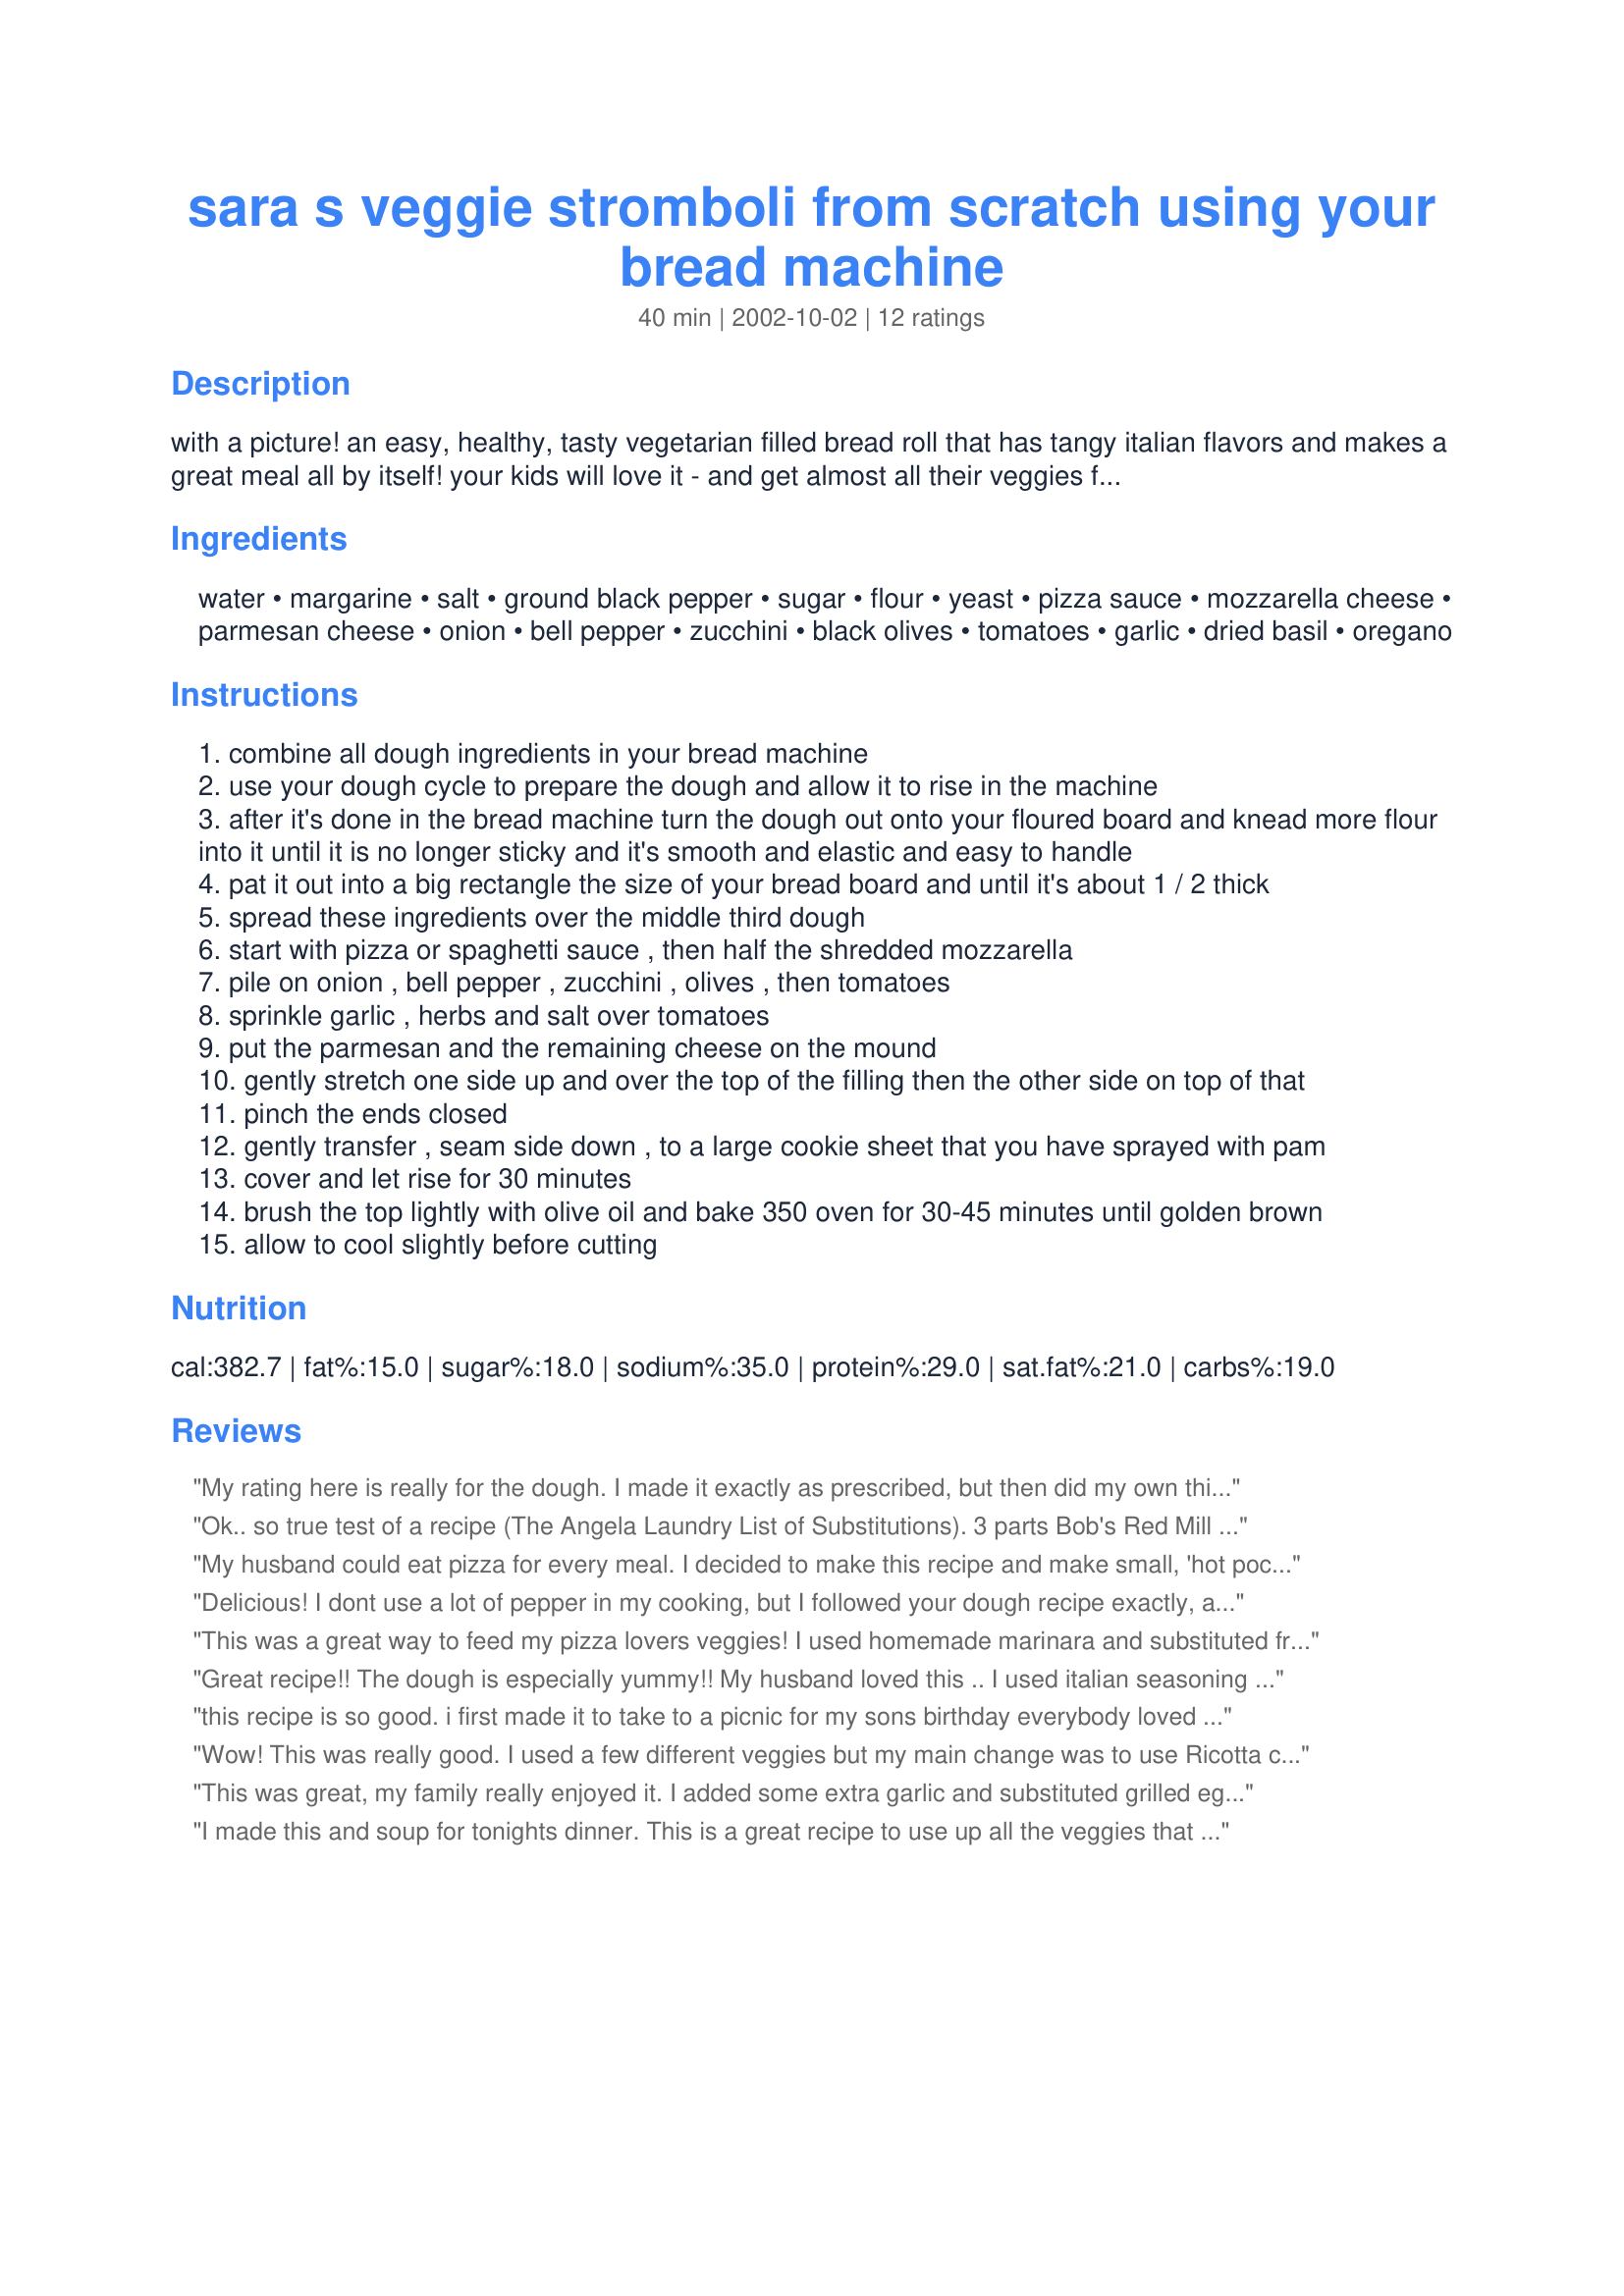
sara s veggie stromboli from scratch using your bread machine
Preparation time: 40 minutes

with a picture! an easy, healthy, tasty vegetarian filled bread roll that has tangy italian flavors and makes a great meal all by itself! your kids will love it - and get almost all their veggies for the day!

Ingredients:
water, margarine, salt, ground black pepper, sugar, flour, yeast, pizza sauce, mozzarella cheese, parmesan cheese, onion, bell pepper, zucchini, black olives, tomatoes, garlic, dried basil, oregano

Steps:
combine all dough ingredients in your bread machine
use your dough cycle to prepare the dough and allow it to rise in the machine
after it's done in the bread machine turn the dough out onto your floured board and knead more flour into it until it is no longer sticky and it's smooth and elastic and easy to handle
pat it out into a big rectangle the size of your bread board and until it's about 1 / 2 thick
spread these ingredients over the middle third dough
start with pizza or spaghetti sauce , then half the shredded mozzarella
pile on onion , bell pepper , zucchini , olives , then tomatoes
sprinkle garlic , herbs and salt over tomatoes
put the parmesan and the remaining cheese on the mound
gently stretch one side up and over the top of the filling then the other side on top of that
pinch the ends closed
gently transfer , seam side down , to a large cookie sheet that you have sprayed with pam
cover and let rise for 30 minutes
brush the top lightly with olive oil and bake 350 oven for 30-45 minutes until golden brown
allow to cool slightly before cutting

Reviews:
My rating here is really for the dough. I made it exactly as prescribed, but then did my own thing for the filling. The dough was great! I've had problems with doughs not cooking properly when stuffed, but this one was perfect; completely cooked through, soft and yummy. Thanks!
Ok.. so true test of a recipe (The Angela Laundry List of Substitutions). 3 parts Bob's Red Mill Low-Carb Bake Mix (w/ 2 Tbls Wheat Gluten & 1 tsp Lemon Juice) to 1 part Unprocessed Wheat Bran, Applesauce instead of Oil and I added chicken. WOW!!!! This is fantastic - one of my favorites. Thanks for sharing!!!
My husband could eat pizza for every meal. I decided to make this recipe and make small, 'hot pocket' sized loaves. I froze the left over ones and he takes them to work and microwaves them just like a hot pocket. He LOVES them. It's such a versatile recipe. Last night I made olive garden alfredo sauce and used that with chicken, fresh basil and garden tomatoes for a filling. We didn't have any leftovers of those! Great starter point for my imagination, thanks!
Delicious! I dont use a lot of pepper in my cooking, but I followed your dough recipe exactly, and it was great!!
My husband loved it and raved about it!
Thanks
Lyn
This was a great way to feed my pizza lovers veggies! I used homemade marinara and substituted fresh mushrooms for the tomato. It's a great way to use up small amounts of a variety of vegetables. Thanks for posting!
Great recipe!! The dough is especially yummy!! My husband loved this .. I used italian seasoning instead of the basil and oregano .. I also added cooked chicken because my husband likes it .. thank you Sara!!
this recipe is so good. i first made it to take to a picnic for my sons birthday everybody loved it, i now have to make it so my husband and daughter can take it to football with them wrapped up in foil to accompany whichever soup they fancy (usually french onion or tomato basil). although i have never used the zucchini or olives (family preference) we have tried it as recipe states but its also great for using up leftover veggies. we tend to have it with onions,peppers, and mushrooms we also use mozzarella, emmental, and parmesan cheese and layered it with the veggies. thanks for posting this wonderful recipe Sara
Wow! This was really good. I used a few different veggies but my main change was to use Ricotta cheese instead of the mozzerella. My hubby loved it and my 2 year old ate it up. This is going to be something that I'll make a lot, I can tell. Thanks for a truly great recipe, Sara!
This was great, my family really enjoyed it. I added some extra garlic and substituted grilled eggplant for the vegetables. Thanks for posting this delicious recipe!
I made this and soup for tonights dinner. This is a great recipe to use up all the veggies that are in the fridge. I used old cheddar and parmesan cheeses, broccoli, red pepper, onions, sundried tomatoes, kalamata olives and part of a left over chicken breast. My family thought that the broccoli overwhelmed the dish and they suggested that I use mushrooms in place of the broccoli next time. I was also surprised that the pepper in the crust was not too hot, even for my children. This took 35 minutes in my oven to cook through. Over all this was a great new recipe that went over extremely well. I`ll be making it again and again. Thanks for posting this recipe Sara.
Yes, this recipe works for my family, too. I made a few minor variations: halved the amount of cheese, 
left out the bell pepper, and chopped all the vegetables together, in the food processor. I also used whole wheat flour. The kids started complaing about all the vegetables, but stopped after the first bite!
YUM!!! We really loved this! I think next time I'll only use 1 tsp of pepper as 1.5 was a bit much for us. Also I must have stretched the dough a bit thin because it broke during cooking, but oh well! It was yummy anyway. This will for sure be a regular in our house. Gotta love the bread machine- perfect dough every time! Thanks for sharing.
